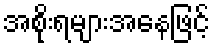
အစိုးရများအနေဖြင့်